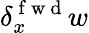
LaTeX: \delta_{x}^{\mathrm{~f~w~d~}}w